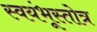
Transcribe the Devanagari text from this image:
स्वयंभूस्तोत्र